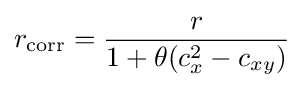
r_{\mathrm {corr} }={\frac {r}{1+\theta (c_{x}^{2}-c_{xy})}}